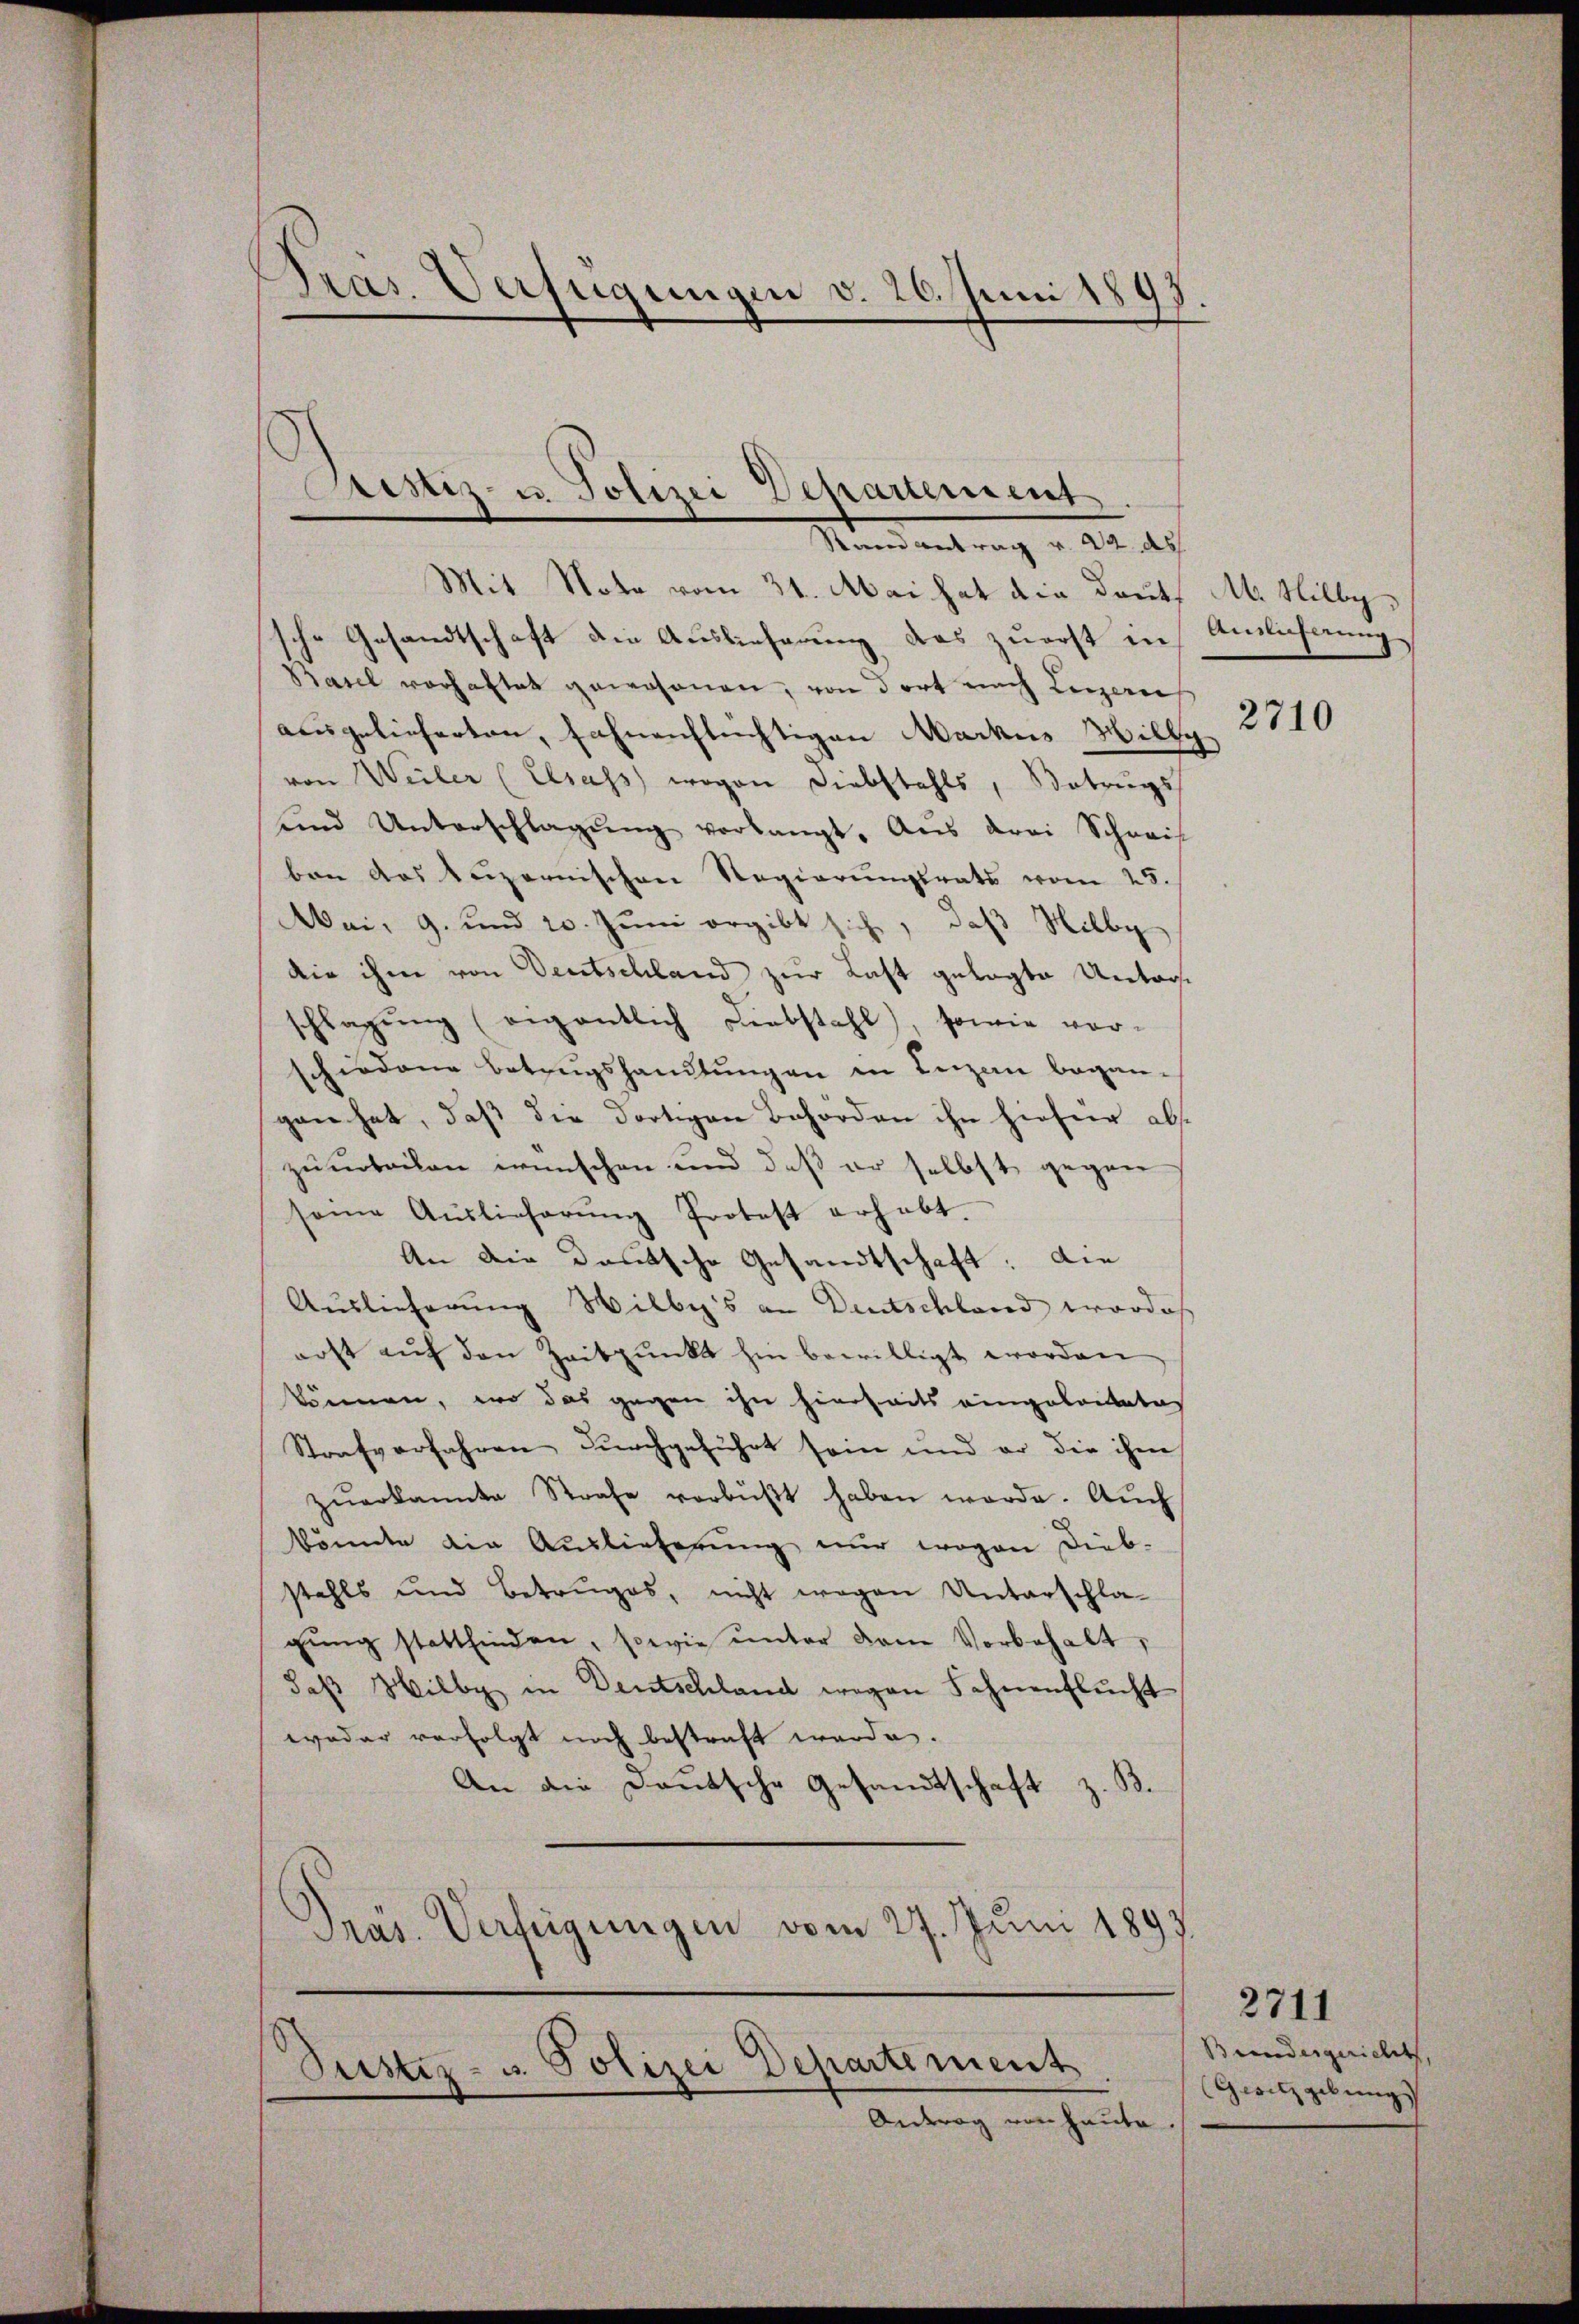
Pras. Verfügungen v. 26. Juni 1893

Ristiz- u. Polizei Departement
Randantrag v. 22. ds

Mit Nota vom 31. Mai hat die Deuts
sche Gesandtschaft die Auslieferung das zuerst in
Basel vorhaltet gewonnen, von dort nach Luzern
ausgelieferten, fahnenflüchtigen Markus Hillg
von Weiler (Elsass wegen Diebstahls, Betrugs
ŭnd Unterschlagŭng verlangt. Aus drei Schweif
ben das Luzernischen Regierungsrats vom 25.
Mai, 9. und 20. Juni ergibt sich, daß Nilby
die ihm von Deutschland zur Last gelegte Untagschlagung (eigentlich Liebstahl), sowie vor-
hiedene Betrugshandlŭngen in Luzen began-
gan hat, daß die dortigen Behörden ihn hieser abzuurteilen wünschen und daß er selbst gegen
same Auslieferŭng Protest erhabt.
An die Deutsche Gesandtschaft: Die
Auslieferung Wilby's an Deutschland wordes
erst aŭf den Zeitpunkt hin bewilligt worden
können, wo das gegen ihn hierheits eingeleiteten
Strafverfahren durchgeführt sein und er die ihm
zŭerkannte Strafe verbüßt haben werde. Auch
könnte die Auslieferŭng nŭr wegen Dieb-
stahls und Betruges, nicht wegen Unterschla-
gŭng stattfinden, sowie ŭnter dem Vorbehalt,
daß Willy in Deutschland wegen Sehnenflucht
woder verfolgt noch bestraft werde.
An die Deutsche Gesandtschaft z. B.
Präs. Verfügungen vom 27. Juni 1893.

Justiz- u. Polizei Departement
Antrag von heute

M. Hilby
Anslicherung
2710

2711
Beendesgerielitz,
(Gesetzgebungs